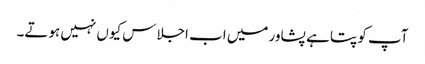
آپ کو پتا ہے پشاور میں اب اجلاس کیوں نہیں ہوتے۔